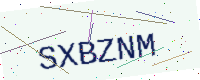
Text: SXBZNM